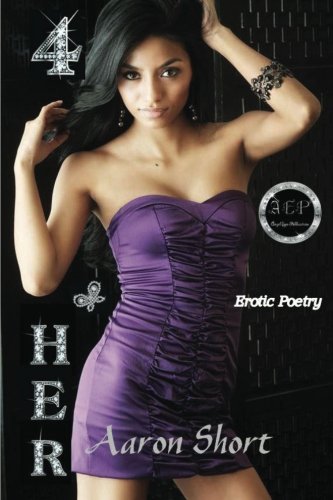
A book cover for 4 Her; Aaron Short; Romance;